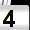
Digit: 4